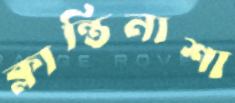
ক্লান্তিনাশা